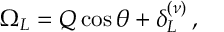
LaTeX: \Omega _ { L } = { \cal Q } \cos \theta + \delta _ { L } ^ { ( \nu ) } \, ,